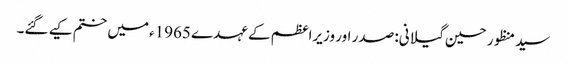
سید منظور حسین گیلانی: صدر اور وزیراعظم کے عہدے 1965ء میں ختم کیے گئے۔